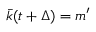
\bar { k } ( t + \Delta ) = m ^ { \prime }